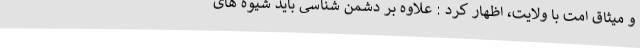
و میثاق امت با ولایت، اظهار کرد : علاوه بر دشمن شناسی باید شیوه های